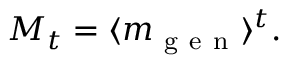
M _ { t } = \langle m _ { \mathrm { ~ g ~ e ~ n ~ } } \rangle ^ { t } .